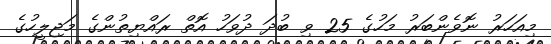
މިއަހަރު ނޮވެންބަރު މަހުގެ 25 ވި ބުދަ ދުވަހު އޮތް ރައްޔިތުންގެ މަޖިލީހުގެ